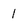
Character: l